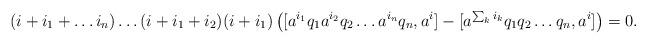
LaTeX: \begin{align*} (i+i_1+\ldots i_n)\ldots(i+i_1+i_2)(i+i_1)\left([a^{i_1}q_1a^{i_2}q_2\ldots a^{i_n}q_n, a^i]-[a^{\sum_ki_k}q_1q_2\ldots q_n, a^i]\right)=0.\end{align*}